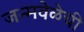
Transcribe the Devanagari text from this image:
जन्मवेळेची